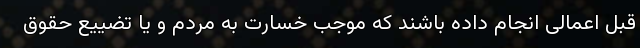
قبل اعمالی انجام داده باشند که موجب خسارت به مردم و یا تضییع حقوق